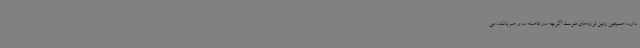
دارد؛ همچنین زمین لرزه‌های متوسط اگرچه در فاصله دور هم باشند، می‌